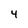
Character: 4